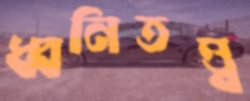
ধ্বনিতত্ত্ব